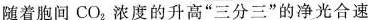
随着胞间CO_{2}浓度的升高”三分三”的净光合速